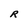
Character: R